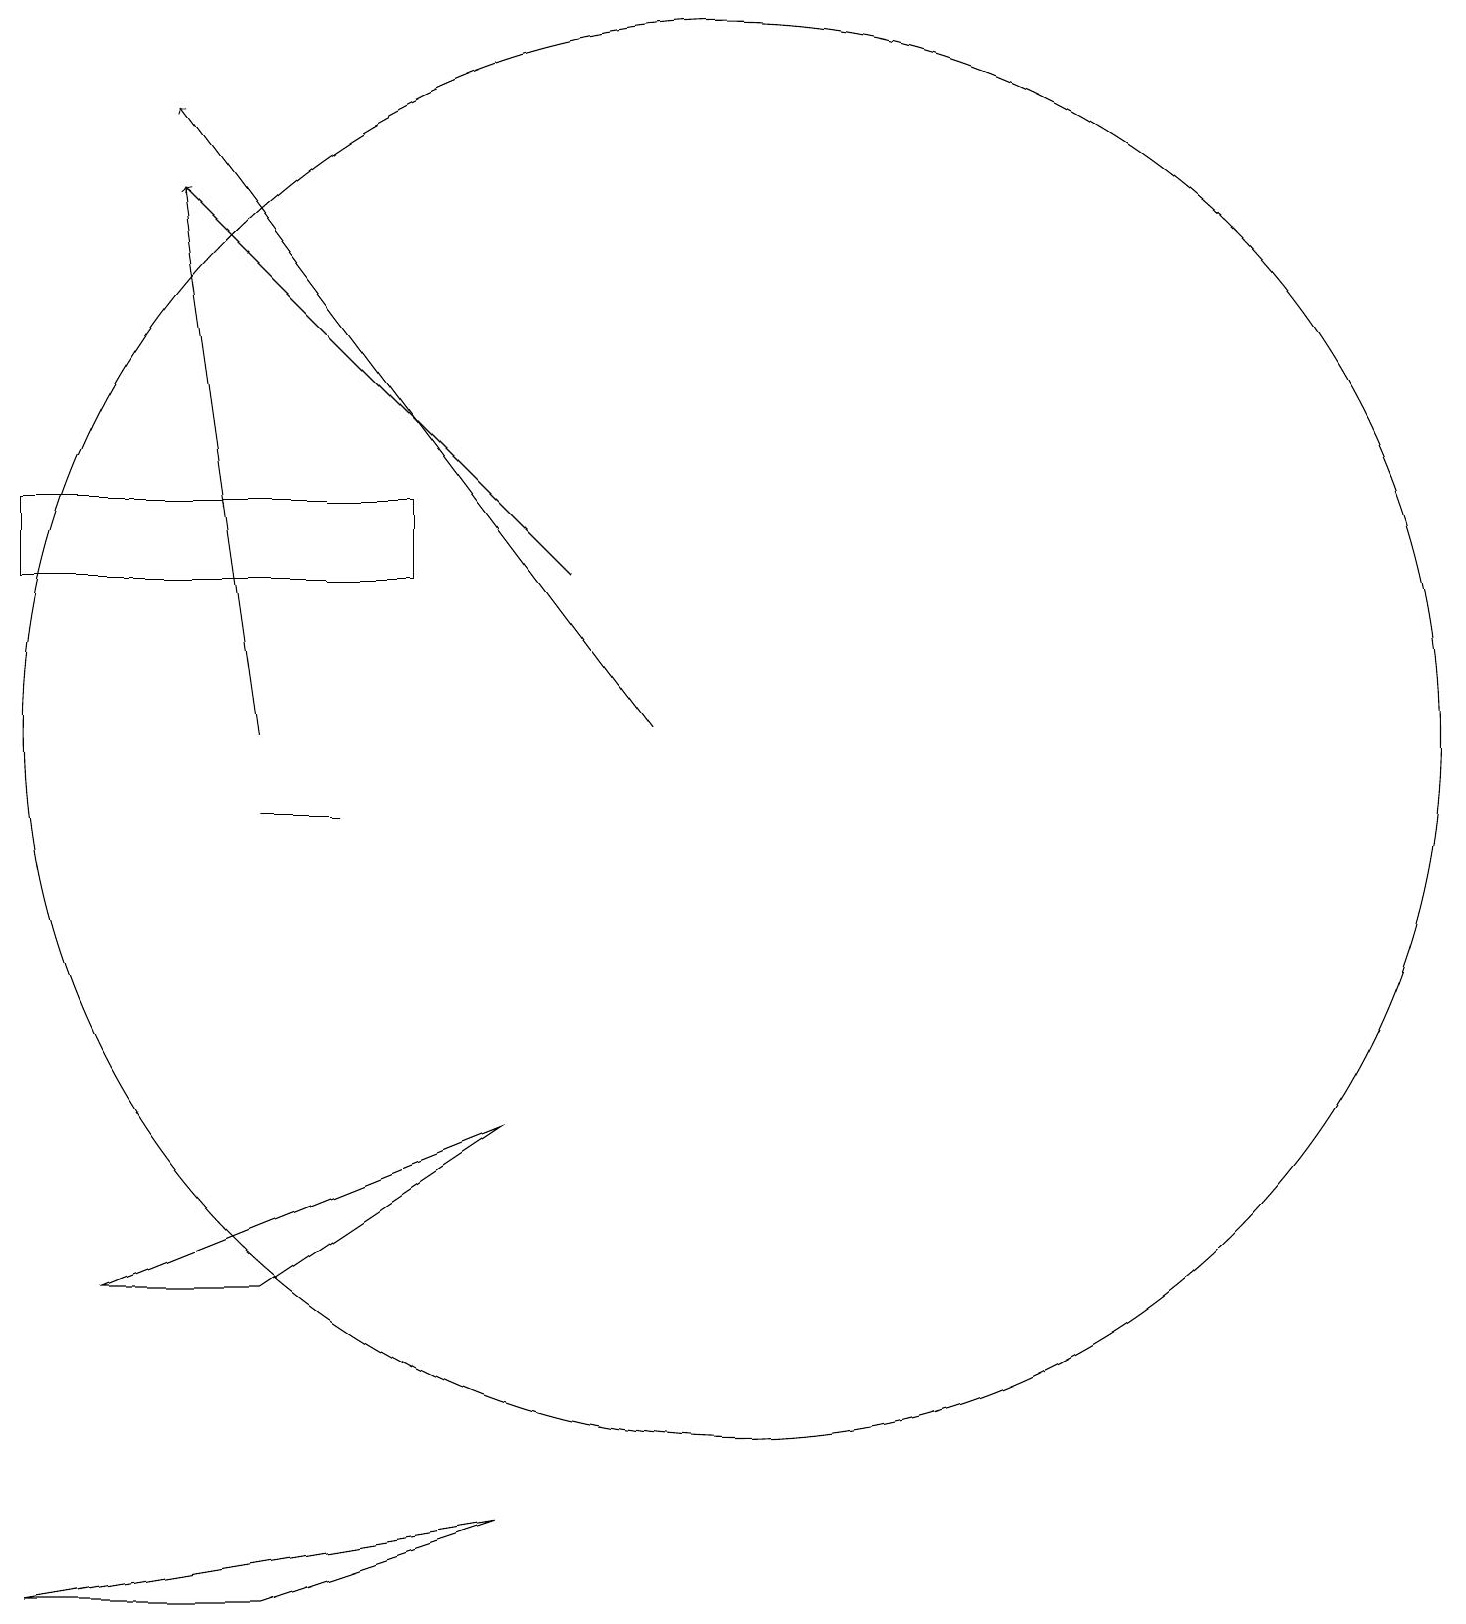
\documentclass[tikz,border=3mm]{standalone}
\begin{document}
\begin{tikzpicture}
\draw (10,11) circle (9);
\draw (7,1) -- (1,0) -- (4,0) -- cycle;
\draw[->] (8,13) -- (3,18);
\draw (6,13) rectangle (1,14);
\draw (4,4) -- (7,6) -- (2,4) -- cycle;
\draw (5,10) rectangle (4,10);
\draw[->] (9,11) -- (3,19);
\draw[->] (4,11) -- (3,18);
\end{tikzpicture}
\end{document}